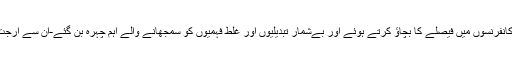
نوٹ بندی کے دوران-جب داس سرکاری پریس کانفرنسوں میں فیصلے کا بچاؤ کرتے ہوئے اور بےشمار تبدیلیوں اور غلط فہمیوں کو سمجھانے والے اہم چہرہ بن گئے-ان سے ارجت پٹیل کی خاموشی کے بارے میں پوچھا گیا تھا۔